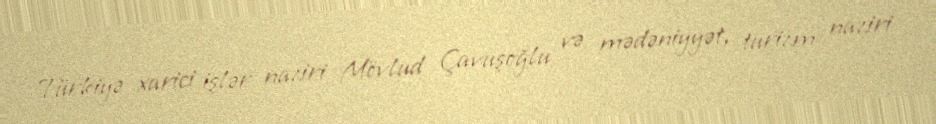
Türkiyə xarici işlər naziri Mövlud Çavuşoğlu və mədəniyyət, turizm naziri